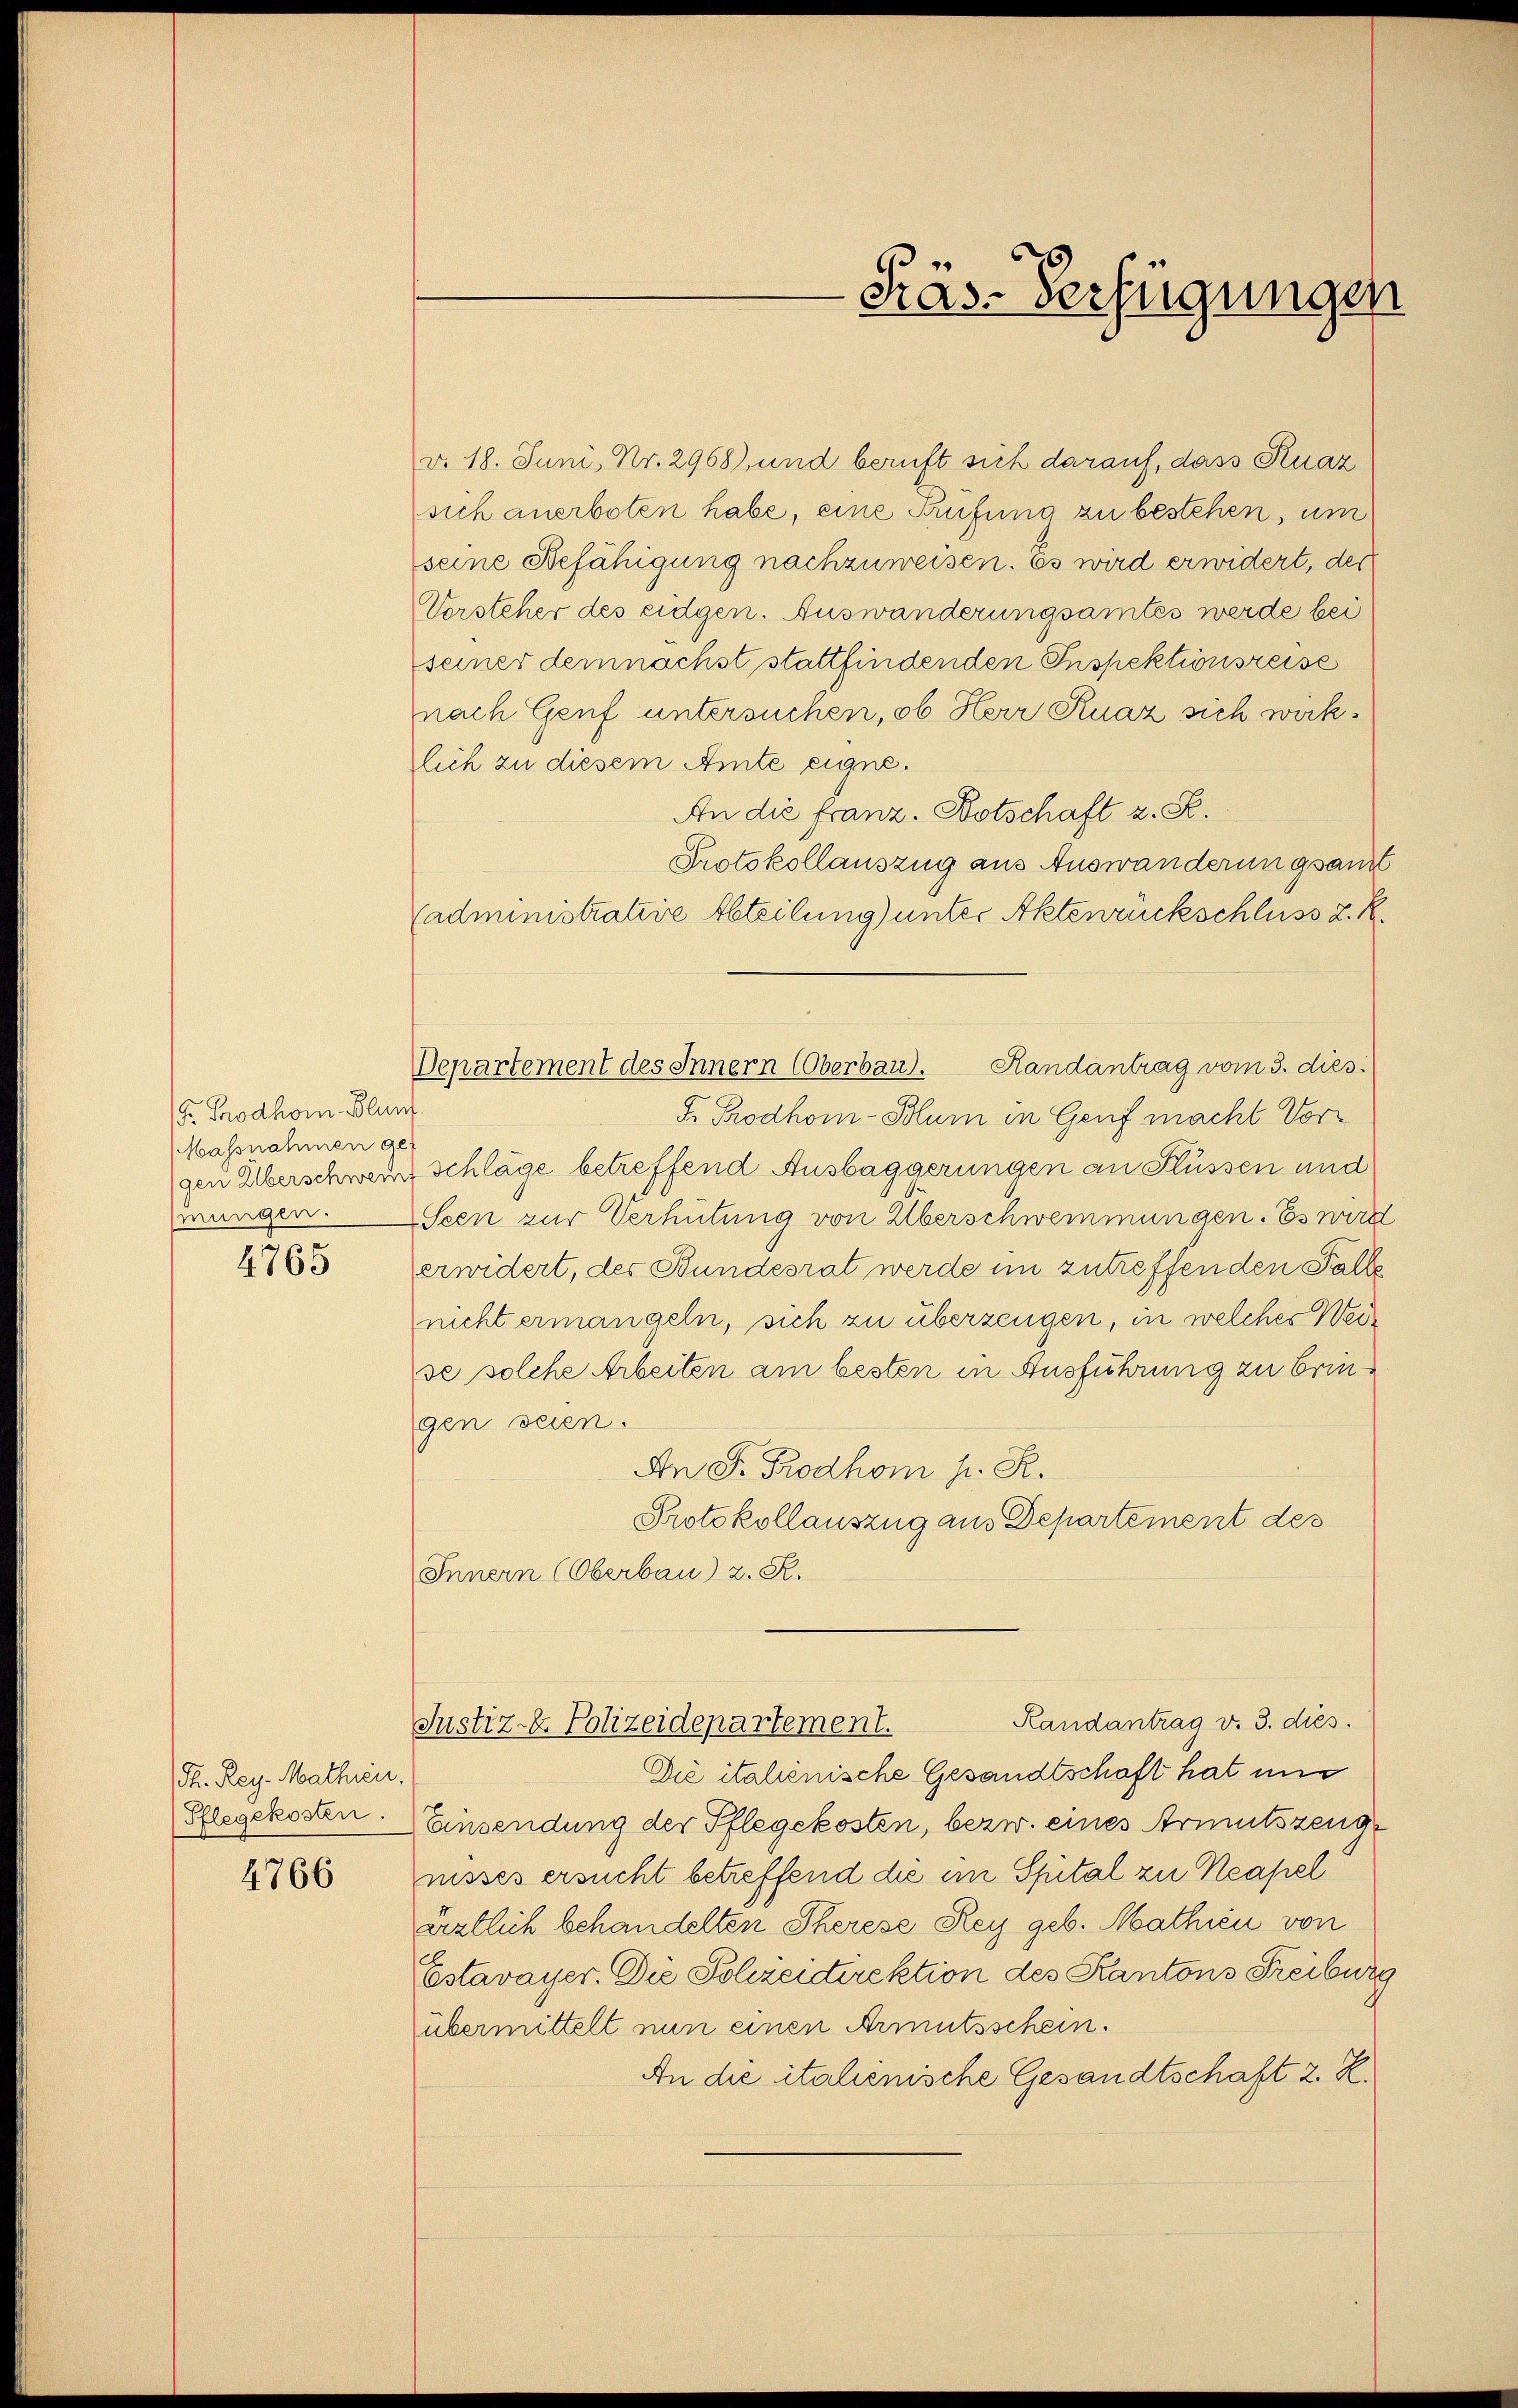
Gr. Prodhom. Blun
Massnahmen ge
gen Überschwere
mungen.

4765

Dr. Reg. Mathien.
Pflegekosten.

4766

Departement des Innern (Oberbau. Handantrag vom 3. dies

Käs-Verfügungen

v. 18. Juni, Nr. 2968), und beruft sich darauf, dass Kuaz
sich anerboten habe, eine Prüfung zu bestehen, um
seine Befähigung nachzuweisen. Es wird erwidert, der
Vorsteher des eidgen. Auswanderungsamtes werde bei
seiner demnächst stattfindenden Inspektionsreise
nach Genf untersuchen, ob Herr Ruaz sich wirklich zu diesem Amte eigne.
An die Franz. Botschaft z. S.
Protokollauszug aus Auswanderungsant
(administrative Abteilung) unter Aktenrückschluss z. R.
F. Prodhom-Blum in Genf macht Vor¬
Schläge betreffend Ausbaggerungen an Flüssen und
Seen zur Verhütung von Überschwemmungen. Es wird
erwidert, des Bundesrat werde im zutreffenden Falle
nicht ermangeln, sich zu überzeugen, in welches Weise solche Arbeiten am besten in Ausführung zu bringen seien.
An F. Prodhom h. R.
Protokollauszug aus Departement des
Innern (Oberbau) z. R.
Randantrag v. 3. dies
Justiz- & Polizeidepartement.
Die italienische Gesandtschaft hat und
Einsendung der Pflegekosten, bezw. eines Armutszeugnisses ersucht betreffend die im Spital zu Neapel
ärztlich behandelten Therese Rey geb. Mathien von
Estavayer. Die Polzentirektion des Kantons Freibur
übermittelt nun einen Armutsschein.
An die italienische Gesandtschaft 2. K.